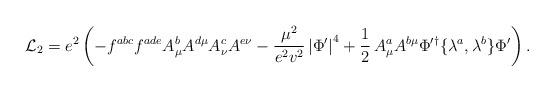
LaTeX: \begin{align*}{\cal L}_2 = e^2\left(-f^{abc}f^{ade}A_\mu^bA^{d\mu}A_\nu^cA^{e\nu} -\frac{\mu^2}{e^2v^2}\left|\Phi^\prime\right|^4 +\frac{1}{2}\,A_\mu^aA^{b\mu}\Phi^{\prime\dagger}\{\lambda^a,\lambda^b\}\Phi^\prime\right).\end{align*}